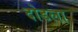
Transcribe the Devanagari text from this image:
दोडला